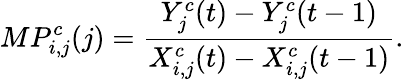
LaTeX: MP_{i,j}^{c}(j)=\frac{Y_{j}^{c}(t)-Y_{j}^{c}(t-1)}{X_{i,j}^{c}(t)-X_{i,j}^{c}(t-1)}.